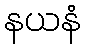
နယနံ